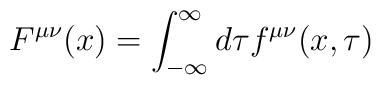
F^{\mu \nu}(x)=\int_{-\infty}^{\infty} d\tau f^{\mu \nu}(x,\tau)